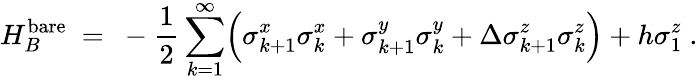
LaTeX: H_{B}^{\mathrm{bare}}~=~-\frac{1}{2}\sum_{k=1}^{\infty}\Bigl(\sigma_{k+1}^{x}\sigma_{k}^{x}+\sigma_{k+1}^{y}\sigma_{k}^{y}+\Delta\sigma_{k+1}^{z}\sigma_{k}^{z}\Bigr)+h\sigma_{1}^{z}~.